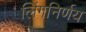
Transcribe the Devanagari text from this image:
लिंगनिर्णय